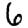
Digit: 6